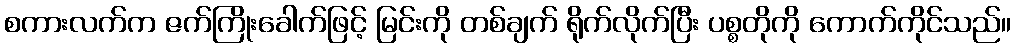
စကားလက်က ဇက်ကြိုးခေါက်ဖြင့် မြင်းကို တစ်ချက် ရိုက်လိုက်ပြီး ပစ္စတိုကို ကောက်ကိုင်သည်။